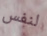
لنفس